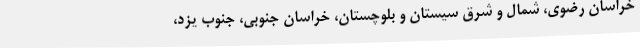
خراسان رضوی، شمال و شرق سیستان و بلوچستان، خراسان جنوبی، جنوب یزد،